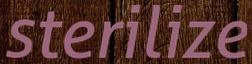
sterilize